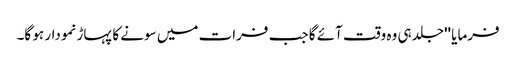
فرمایا ''جلد ہی وہ وقت آئے گا جب فرات میں سونے کا پہاڑ نمودار ہو گا۔